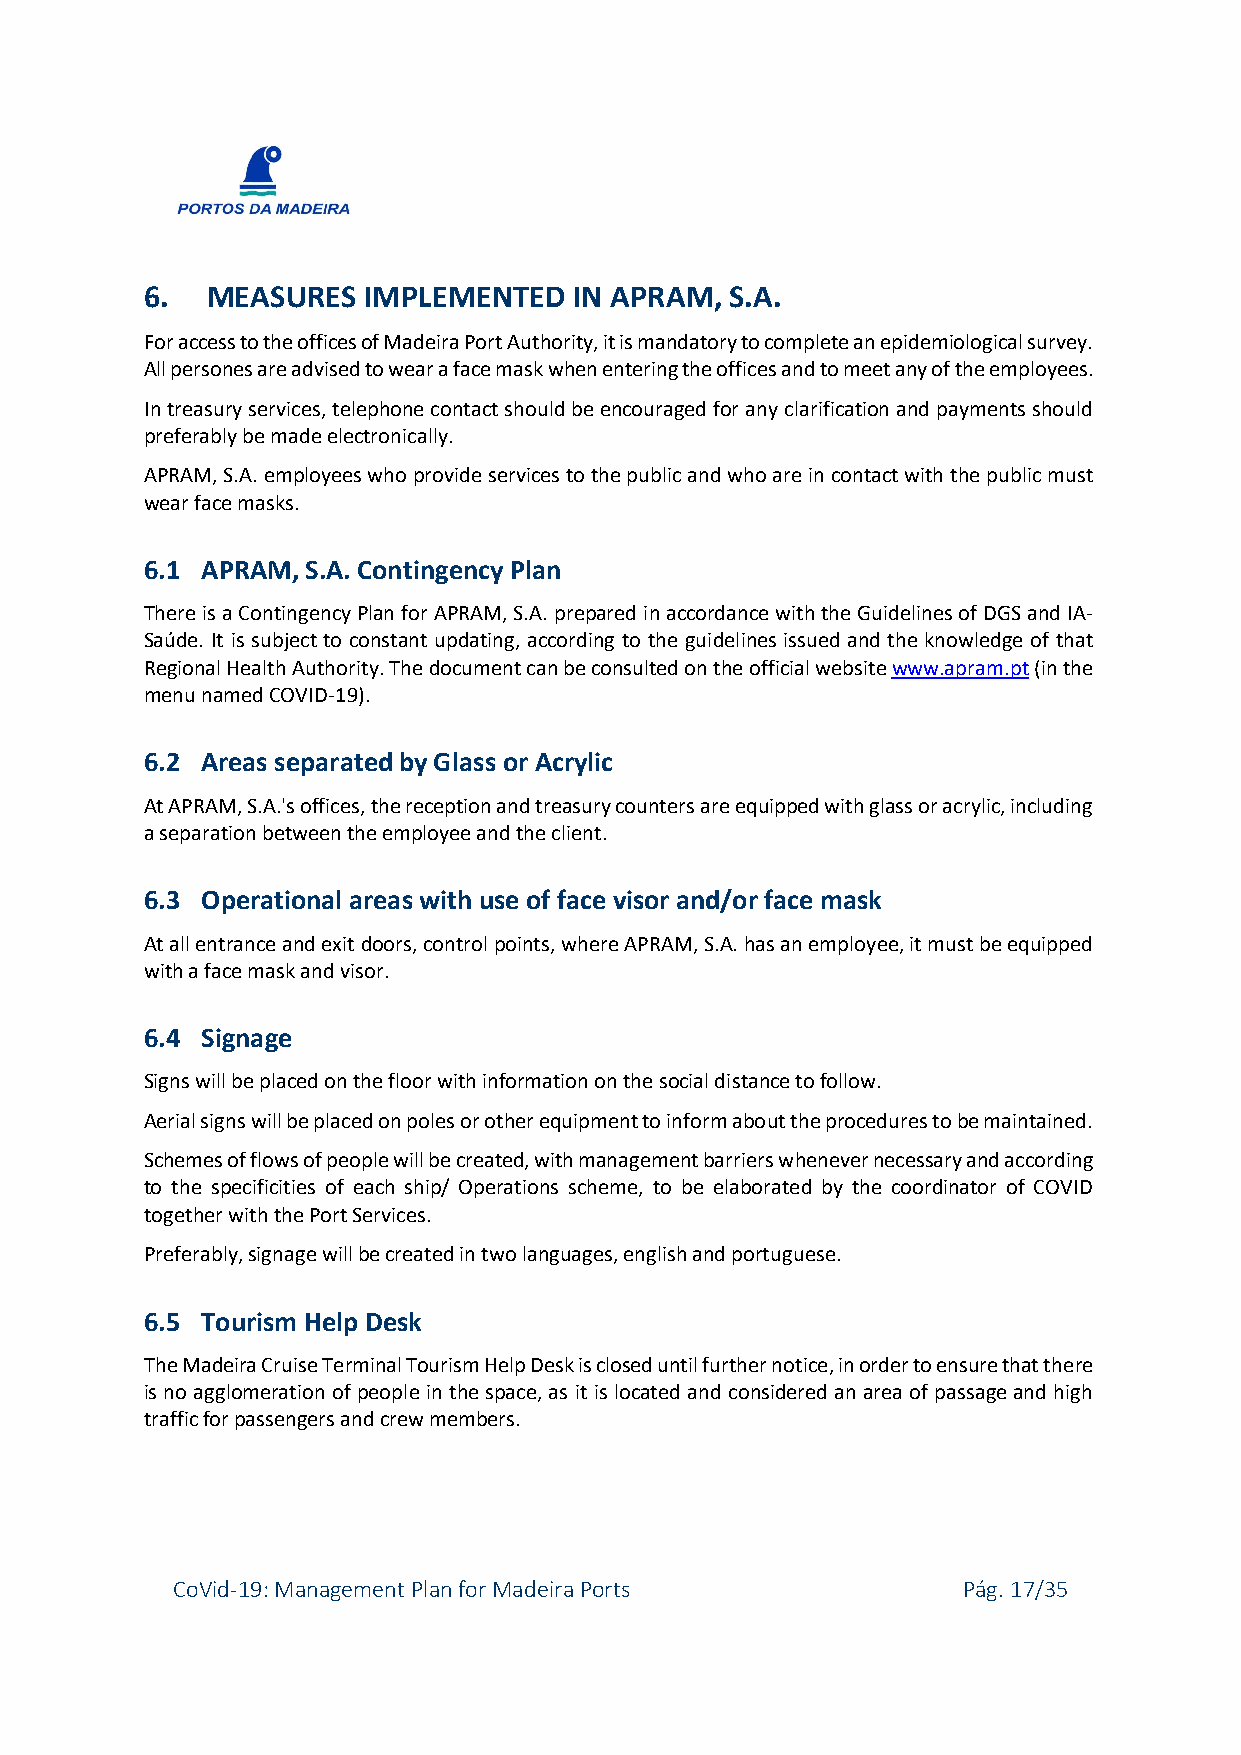
6.  MEASURES  IMPLEMENTED   IN APRAM, S.A.
 For access to the offices of Madeira Port Authority, it is mandatory to complete an epidemiological survey.
 All persones are advised to wear a face mask when entering the offices and to meet any of the employees.
 In treasury services, telephone contact should be encouraged for any clarification and payments should
 preferably be made electronically.
 APRAM, S.A. employees who provide services to the public and who are in contact with the public must
 wear face masks.
 6.1 APRAM, S.A. Contingency Plan
 There is a Contingency Plan for APRAM, S.A. prepared in accordance with the Guidelines of DGS and IA-
 Saúde. It is subject to constant updating, according to the guidelines issued and the knowledge of that
 Regional Health Authority. The document can be consulted on the official website www.apram.pt (in the
 menu named COVID-19).
 6.2 Areas separated by Glass or Acrylic
 At APRAM, S.A.'s offices, the reception and treasury counters are equipped with glass or acrylic, including
 a separation between the employee and the client.
 6.3 Operational areas with use of face visor and/or face mask
 At all entrance and exit doors, control points, where APRAM, S.A. has an employee, it must be equipped
 with a face mask and visor.
 6.4 Signage
 Signs will be placed on the floor with information on the social distance to follow.
 Aerial signs will be placed on poles or other equipment to inform about the procedures to be maintained.
 Schemes of flows of people will be created, with management barriers whenever necessary and according
 to the specificities of each ship/ Operations scheme, to be elaborated by the coordinator of COVID
 together with the Port Services.
 Preferably, signage will be created in two languages, english and portuguese.
 6.5 Tourism Help Desk
 The Madeira Cruise Terminal Tourism Help Desk is closed until further notice, in order to ensure that there
 is no agglomeration of people in the space, as it is located and considered an area of passage and high
 traffic for passengers and crew members.
 CoVid-19: Management Plan for Madeira Ports          Pág. 17/35